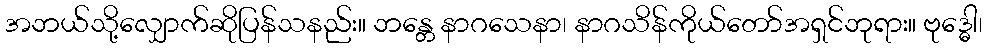
အဘယ်သို့လျှောက်ဆိုပြန်သနည်း။ ဘန္တေ နာဂသေနာ၊ နာဂသိန်ကိုယ်တော်အရှင်ဘုရား။ ဗုဒ္ဓေါ၊